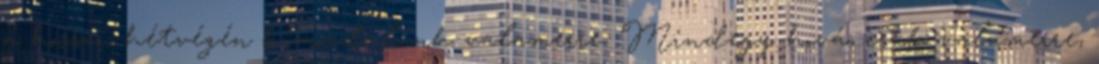
a hosszú hétvégén kimozdulunk valamerre. Mindegy hová, csak valamerre,